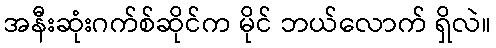
အနီးဆုံးဂက်စ်ဆိုင်က မိုင် ဘယ်လောက် ရှိလဲ။